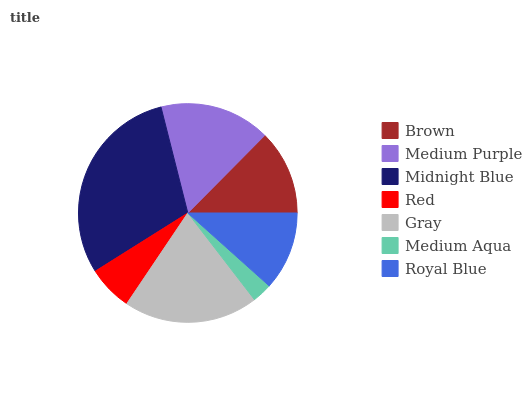
| Brown | Medium Purple | Midnight Blue | Red | Gray | Medium Aqua | Royal Blue |
 | --- | --- | --- | --- | --- | --- | --- |
 | 12.6% | 16.4% | 29.9% | 6.64% | 19.9% | 2.93% | 11.6% |